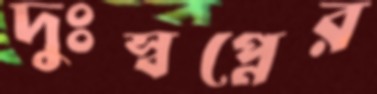
দুঃস্বপ্নের